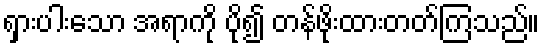
ရှားပါးသော အရာကို ပို၍ တန်ဖိုးထားတတ်ကြသည်။